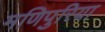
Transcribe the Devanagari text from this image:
मणिपुरिया